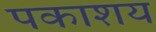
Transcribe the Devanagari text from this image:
पकाशय